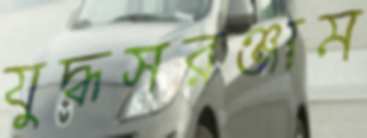
যুদ্ধসরঞ্জাম